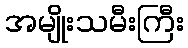
အမျိုးသမီးကြီး